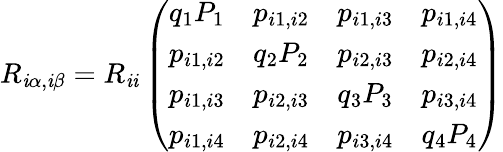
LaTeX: R_{\mathit{i}\alpha,\mathit{i}\beta}=R_{\mathit{i}\mathit{i}}\left(\begin{array}{llll}{q_{1}P_{1}}&{p_{i1,i2}}&{p_{i1,i3}}&{p_{i1,i4}}\\ {p_{i1,i2}}&{q_{2}P_{2}}&{p_{i2,i3}}&{p_{i2,i4}}\\ {p_{i1,i3}}&{p_{i2,i3}}&{q_{3}P_{3}}&{p_{i3,i4}}\\ {p_{i1,i4}}&{p_{i2,i4}}&{p_{i3,i4}}&{q_{4}P_{4}}\end{array}\right)